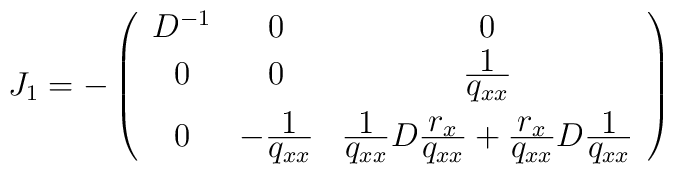
J_1= - \left(\begin{array}{ccc} D^{-1} & 0 & 0 \\0 & 0 & \frac{\textstyle{1}}{\textstyle{q_{xx}}} \\ [2mm]0 & - \frac{\textstyle{1}}{\textstyle{q_{xx}}} & \frac{\textstyle{1}}{\textstyle{q_{xx}}} D\frac{\textstyle{r_x}}{\textstyle{q_{xx}}}+ \frac{\textstyle{r_x}}{\textstyle{q_{xx}}} D\frac{\textstyle{1}}{\textstyle{q_{xx}}}\end{array}\right)